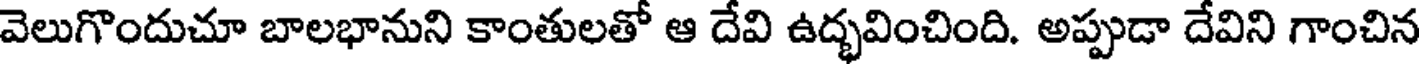
వెలుగొందుచూ బాలభానుని కాంతులతో ఆ దేవి ఉద్భవించింది. అప్పుడా దేవిని గాంచిన